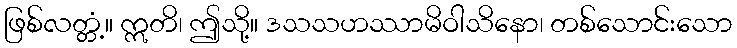
ဖြစ်လတ္တံ့။ ဣတိ၊ ဤသို့။ ဒသသဟဿာမိဝါသိနော၊ တစ်သောင်းသော